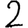
Digit: 2